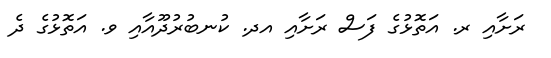
ރަށާއި ރ. އަތޮޅުގެ ފަސް ރަށާއި އދ. ކުނބުރުދޫއާއި ވ. އަތޮޅުގެ ދެ